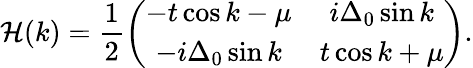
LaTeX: \mathcal{H}(k)=\frac{{1}}{{2}}\left(\begin{array}{cc}{-t\cos k-\mu}&{i\Delta_{0}\sin k}\\ {-i\Delta_{0}\sin k}&{t\cos k+\mu}\end{array}\right).